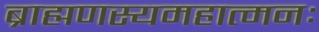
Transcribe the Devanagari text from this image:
ब्राह्मणस्यमहात्मनः